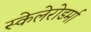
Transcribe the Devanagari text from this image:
स्केलेरोडर्मा